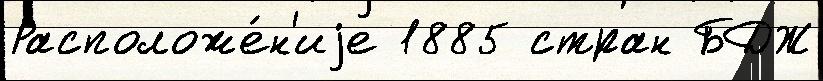
Расположе́н'иjе 1885 стран БДЖ